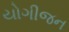
યોગીજન